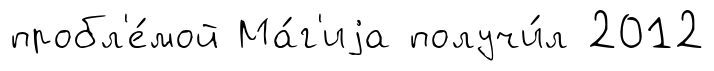
пробл'е́мой Ма́г'иjа получи́л 2012